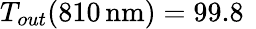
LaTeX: T_{out}(810\, \mathrm{nm})=99.8\, \